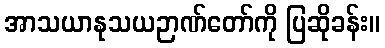
အာသယာနုသယဉာဏ်တော်ကို ပြဆိုခန်း။